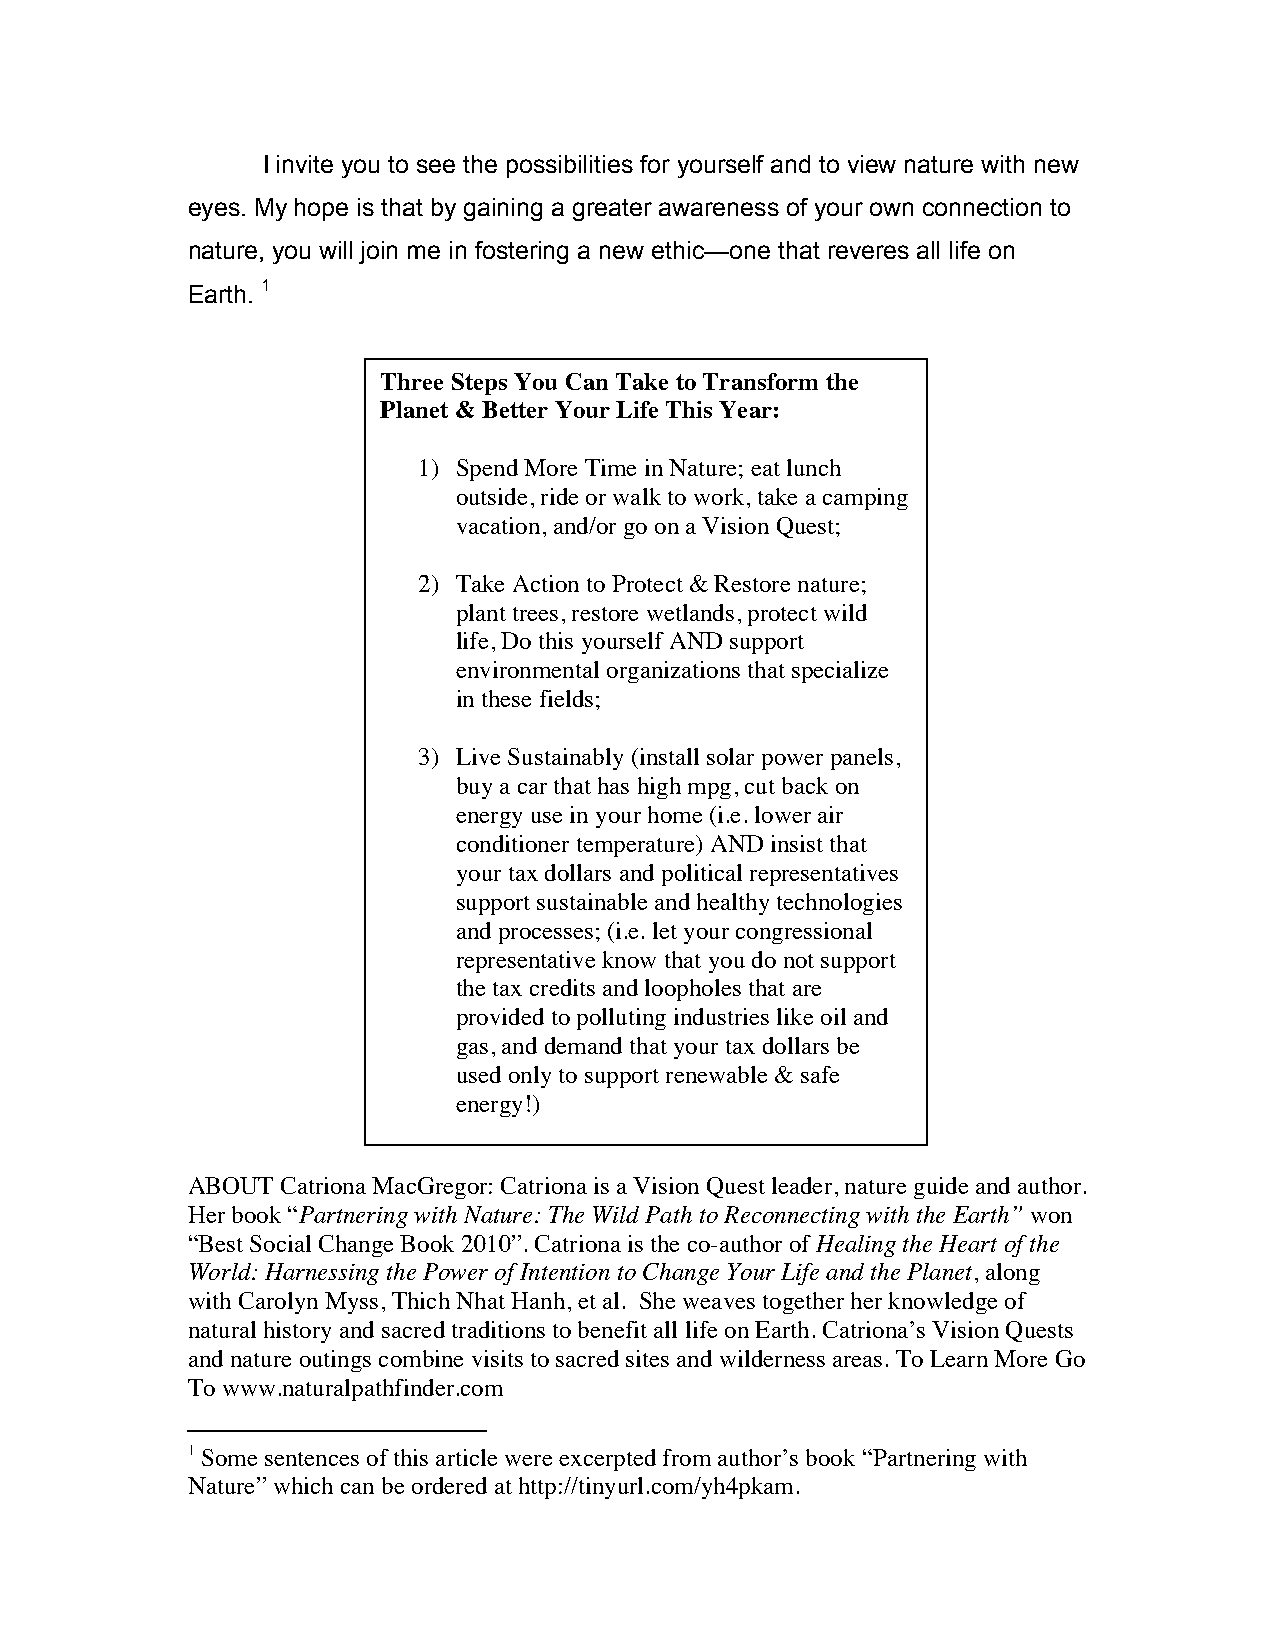
I invite you to see the possibilities for yourself and to view nature with new
 eyes. My hope is that by gaining a greater awareness of your own connection to
 nature, you will join me in fostering a new ethic—one that reveres all life on
 Earth. 1
 Three Steps You Can Take to Transform the
 Planet & Better Your Life This Year:
 1) Spend More Time in Nature; eat lunch
 outside, ride or walk to work, take a camping
 vacation, and/or go on a Vision Quest;
 2) Take Action to Protect & Restore nature;
 plant trees, restore wetlands, protect wild
 life, Do this yourself AND support
 environmental organizations that specialize
 in these fields;
 3) Live Sustainably (install solar power panels,
 buy a car that has high mpg, cut back on
 energy use in your home (i.e. lower air
 conditioner temperature) AND insist that
 your tax dollars and political representatives
 support sustainable and healthy technologies
 and processes; (i.e. let your congressional
 representative know that you do not support
 the tax credits and loopholes that are
 provided to polluting industries like oil and
 gas, and demand that your tax dollars be
 used only to support renewable & safe
 energy!)
 ABOUT  Catriona MacGregor: Catriona is a Vision Quest leader, nature guide and author.
 Her book “Partnering with Nature: The Wild Path to Reconnecting with the Earth” won
 “Best Social Change Book 2010”. Catriona is the co-author of Healing the Heart of the
 World: Harnessing the Power of Intention to Change Your Life and the Planet, along
 with Carolyn Myss, Thich Nhat Hanh, et al. She weaves together her knowledge of
 natural history and sacred traditions to benefit all life on Earth. Catriona’s Vision Quests
 and nature outings combine visits to sacred sites and wilderness areas. To Learn More Go
 To www.naturalpathfinder.com
 1 Some sentences of this article were excerpted from author’s book “Partnering with
 Nature” which can be ordered at http://tinyurl.com/yh4pkam.